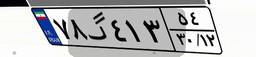
۷۸گ۴۱۳۵۴